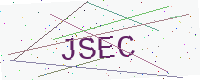
Text: JSEC